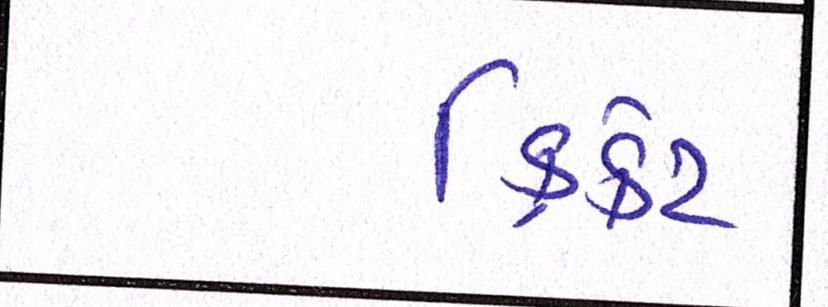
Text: ક્રિકેટ